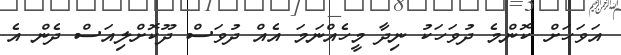
އަވަހަށް ކޮންމެ ދުވަހަކު ނިދާ މީހެއްނަމަ އެއް ދުވަސް ދޫކޮށްލިއަސް ދެން އެ